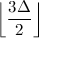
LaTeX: \left\lfloor { \frac { 3 \Delta } { 2 } } \right\rfloor